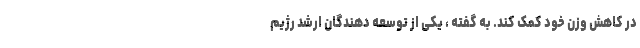
در کاهش وزن خود کمک کند. به گفته ، یکی از توسعه دهندگان ارشد رژیم